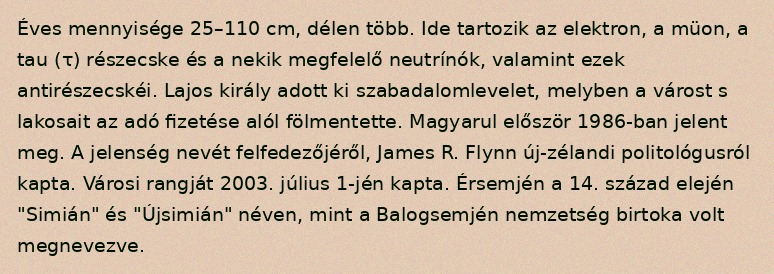
Éves mennyisége 25–110 cm, délen több. Ide tartozik az elektron, a müon, a tau (τ) részecske és a nekik megfelelő neutrínók, valamint ezek antirészecskéi. Lajos király adott ki szabadalomlevelet, melyben a várost s lakosait az adó fizetése alól fölmentette. Magyarul először 1986-ban jelent meg. A jelenség nevét felfedezőjéről, James R. Flynn új-zélandi politológusról kapta. Városi rangját 2003. július 1-jén kapta. Érsemjén a 14. század elején "Simián" és "Újsimián" néven, mint a Balogsemjén nemzetség birtoka volt megnevezve.